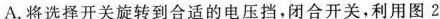
A.将选择开关旋转到合适的电压挡，闭合开关，利用图 2